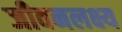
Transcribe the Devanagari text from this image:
जीवनलक्ष्य